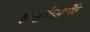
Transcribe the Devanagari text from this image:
इम्यूनोसार्बेंट